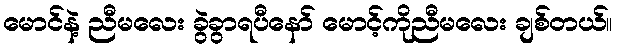
မောင်နဲ့ ညီမလေး ခွဲခွာရပီနော် မောင့်ကိုညီမလေး ချစ်တယ်။